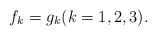
\begin{align*}f_k=g_k (k=1,2,3). \end{align*}